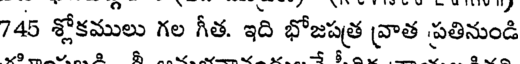
745 శ్లోకములు గల గీత. ఇది భోజపత్ర వ్రాత ప్రతినుండి